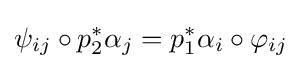
\psi _{ij}\circ p_{2}^{*}\alpha _{j}=p_{1}^{*}\alpha _{i}\circ \varphi _{ij}